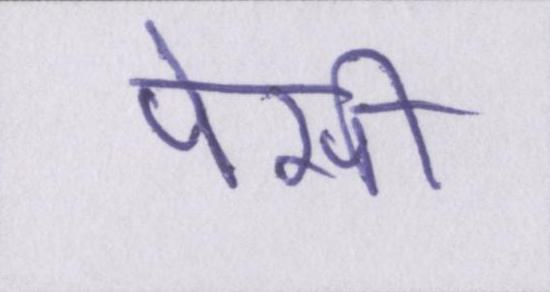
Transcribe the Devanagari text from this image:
पेसी